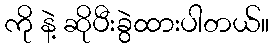
ကို နဲ့ ဆိုပီးခွဲထားပါတယ်။